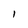
Character: l